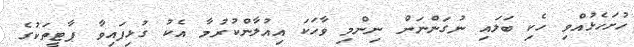
ހުށަހެޅުއްވި ހެކި ބަލައި ނުގަންނަން ނިންމި ވާހަކަ އިއުލާންކުރުމާ އެކު ގުޅިފައިވާ ޕާޓީތަކުގެ